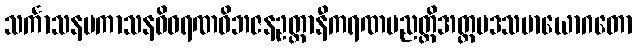
သင်္ကာသနပကာသနဝိဝရဏဝိဘဇနဥတ္တာနီကရဏပညတ္တိအတ္ထပဒသမာယောဂတော